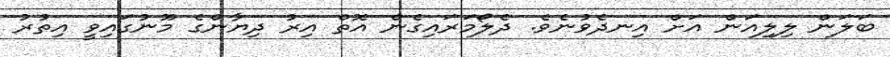
ބަލަން ލިލިއަން އަށް އިނދެވުނެވެ. ދެލޯމަރައިގެން އޮތް އިރު ދިޔާންގެ މޫނުގައިވީ އިތުރު